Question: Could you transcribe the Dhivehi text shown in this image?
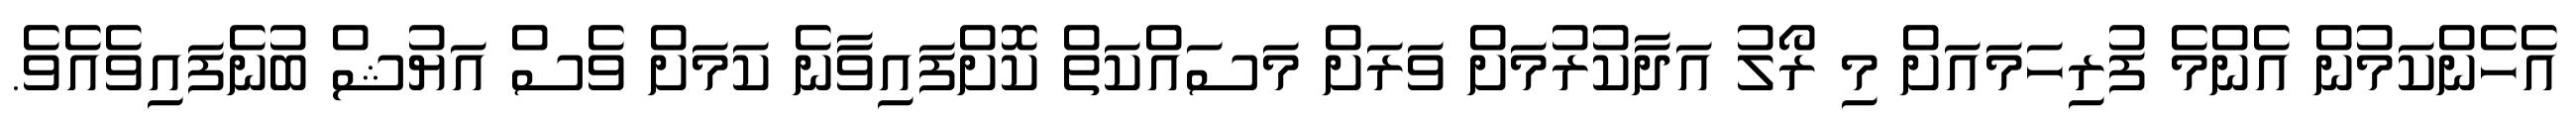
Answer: އެހެންކަމުން އެންމެ ފުރިހަމައަށް މި ރޯލު އަދާކުރުމަށް ވަރަށް މަސައްކަތް ކޮށްފައިވާނެ ކަމަށް ވެސް އަޔުޝް ބުނެފައިވެއެވެ.